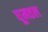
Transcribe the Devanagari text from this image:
घूमतल